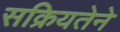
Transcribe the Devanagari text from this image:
सक्रियतेने